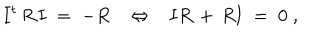
LaTeX: { \mathbf I } ^ { t } \, R \, { \mathbf I } \; = \; - R \Leftrightarrow { \mathbf I } R \, + \, R { \mathbf I } \; = \; 0 \; ,